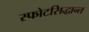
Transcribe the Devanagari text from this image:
स्फोटसिद्धान्त